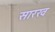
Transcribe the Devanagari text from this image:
सारख